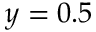
y = 0 . 5